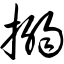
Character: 搦